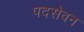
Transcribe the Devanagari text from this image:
पदसेवन